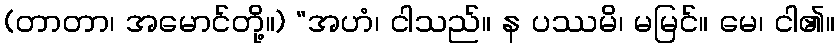
(တာတာ၊ အမောင်တို့။) “အဟံ၊ ငါသည်။ န ပဿမိ၊ မမြင်။ မေ၊ ငါ၏။